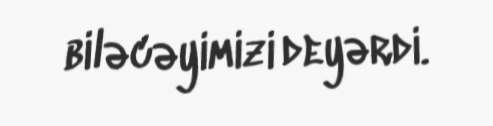
biləcəyimizi deyərdi.